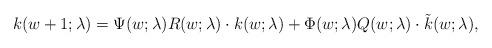
LaTeX: \begin{align*} k(w+1; \lambda) = \Psi(w; \lambda) R(w; \lambda) \cdot k(w; \lambda) + \Phi(w;\lambda) Q(w; \lambda) \cdot \tilde{k}(w; \lambda), \end{align*}